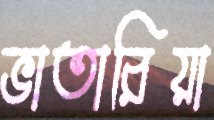
ভাতারিয়া